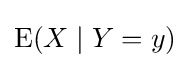
\operatorname {E} (X\mid Y=y)